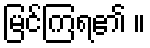
မြင်ကြရ၏ ။